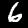
Label: 6